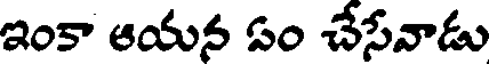
ఇంకా ఆయన ఏం చేసేవాడు